system: You are a helpful assistant.
user:
Analyze the provided spectrum to determine if it is a **Carbon Star (C-type)**.

- **Key Visual Indicators of Carbon Star:**
    - **(Primary):** Strong molecular absorption from **C₂ (diatomic carbon) "Swan Bands."** This is the **defining feature** of a carbon star.
        - **(Key Bandheads):** Sharp absorption edges are visible at approximately $5635$ Å, $5165$ Å (the strongest band), and $4737$ Å.
        - **(Line Profile):** Creates a distinct **"saw-tooth"** pattern. The key morphology is a sharp, steep bandhead on the **red (long-wavelength) side**, which then gradually tapers off (i.e., flux recovers) towards the **blue (short-wavelength) side**. *(This is the direct opposite of the TiO bands seen in M-type stars)*.

    - **(Secondary):** Intense **CN (cyanogen)** molecular absorption bands.
        - **(Key Bandheads):** Located in the blue and violet regions of the spectrum (e.g., near $4215$ Å and $3883$ Å).
        - **(Morphology):** These bands are extremely broad and act as a "blanket," absorbing the vast majority of blue and violet light. This creates a characteristic **"cliff"** or **"steep drop-off"** in the spectrum's flux at short wavelengths.

    - **(Key Confirmation):** Strong **CH absorption band (G-band)**.
        - **(Key Bandhead):** Located around $4300$ Å. The contribution from CH molecules to this band is exceptionally strong.

    - **(Overall Spectrum):**
        - The continuum is severely "chopped up" by these deep molecular bands, especially C₂, rather than appearing as a smooth curve.
        - Due to the heavy CN and C₂ absorption in the blue-green, the vast majority of the star's flux is concentrated in the red part of the spectrum, giving the star its characteristic deep red color.

Think first, call **spectral_visualization_tool** if needed to examine features in detail, then provide your final answer. Your response must adhere to the following strict rules:
1.  **Overall Structure:** Your response must follow the format `<think>...</think> <tool_call>...</tool_call> (if a tool is used) <answer>...</answer>`.
2.  **Tool Usage Constraint:** You may only make **one** tool call per turn.
3.  **Final Answer Format:** In the `<answer>` tag, your conclusion must be inside a `\boxed{}` command (e.g., `\boxed{YES}`), followed by your justification.

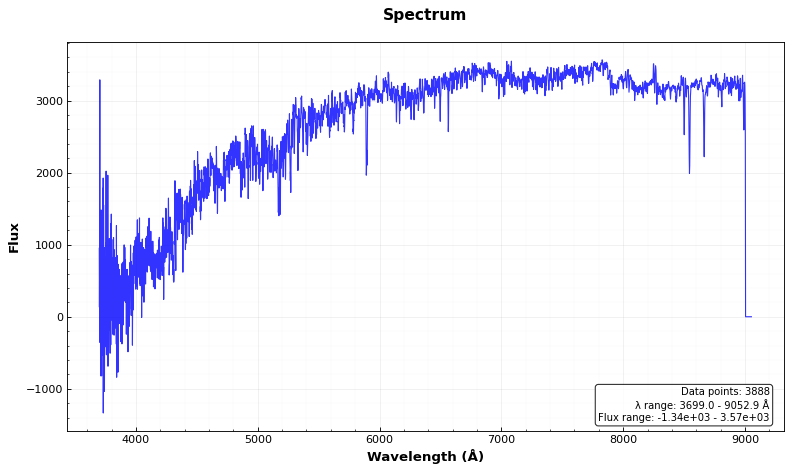
Answer: NO